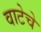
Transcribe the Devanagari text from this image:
वाटेचे